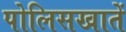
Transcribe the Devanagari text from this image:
पोलिसखातें